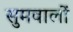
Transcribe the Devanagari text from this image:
सुमवालों